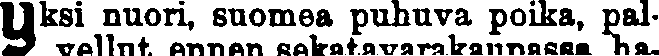
Yksi nuori, suomea puhuva poika, pal-